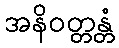
အနိဝတ္တန္တံ